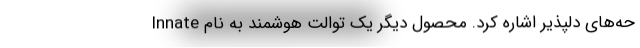
حه‌های دلپذیر اشاره کرد. محصول دیگر یک توالت هوشمند به نام Innate